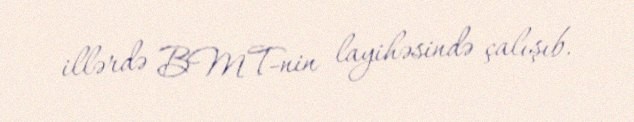
illərdə BMT-nin layihəsində çalışıb.